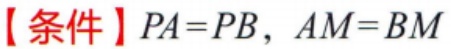
【条件】$PA = PB,\ AM = BM$